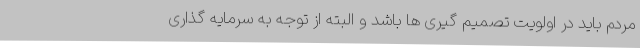
مردم باید در اولویت تصمیم گیری ها باشد و البته از توجه به سرمایه گذاری